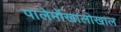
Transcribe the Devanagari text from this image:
पालेर्मोखालोखाल